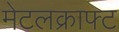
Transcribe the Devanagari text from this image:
मेटलक्राफ्ट